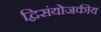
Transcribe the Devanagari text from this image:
द्विसंयोजकीय